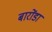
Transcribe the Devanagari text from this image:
बारोंडा